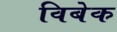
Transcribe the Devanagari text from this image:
विबेक